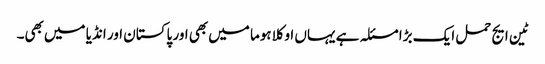
ٹین ایج حمل ایک بڑا مسئلہ ہے یہاں‌ اوکلاہوما میں‌بھی اور پاکستان اور انڈیا میں‌بھی۔